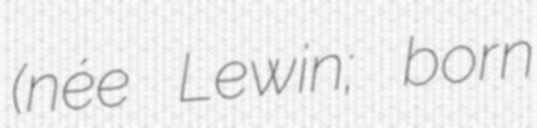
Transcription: (née Lewin; born